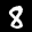
Label: 8